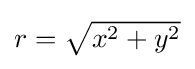
{\textstyle r={\sqrt {x^{2}+y^{2}}}}